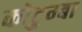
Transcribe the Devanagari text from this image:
कोटुम्बा